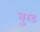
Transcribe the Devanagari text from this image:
बुरड